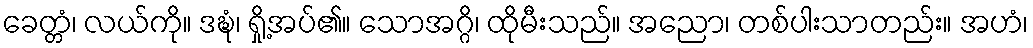
ခေတ္တံ၊ လယ်ကို။ ဒဍ္ဎံ၊ ရှို့အပ်၏။ သောအဂ္ဂိ၊ ထိုမီးသည်။ အညော၊ တစ်ပါးသာတည်း။ အဟံ၊